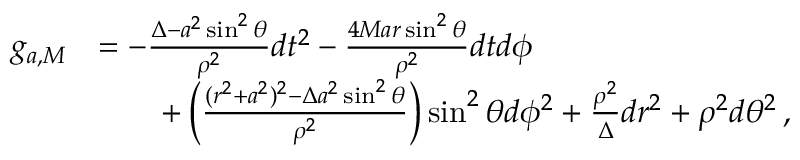
\begin{array} { r l } { g _ { a , M } } & { = - \frac { \Delta - a ^ { 2 } \sin ^ { 2 } \theta } { \rho ^ { 2 } } d t ^ { 2 } - \frac { 4 M a r \sin ^ { 2 } \theta } { \rho ^ { 2 } } d t d \phi } \\ & { \qquad + \left( \frac { ( r ^ { 2 } + a ^ { 2 } ) ^ { 2 } - \Delta a ^ { 2 } \sin ^ { 2 } \theta } { \rho ^ { 2 } } \right) \sin ^ { 2 } \theta d \phi ^ { 2 } + \frac { \rho ^ { 2 } } { \Delta } d r ^ { 2 } + \rho ^ { 2 } d \theta ^ { 2 } \, , } \end{array}